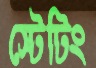
স্টেটিং